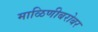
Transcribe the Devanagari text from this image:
माळिणीबरोबर